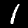
Digit: 1